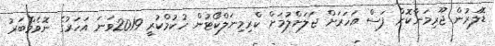
ޑޮލަރުން ޖޫރިމަނާކޮށް ފަސް އަހަރަށް ޖަލަށްލުމަށް ކްރިމިނަލްކޯޓުން ހުކުމްކުރީ 2019ވަނަ އަހަރުގެ ނޮވެމްބަރު